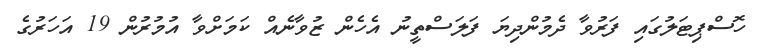
ހޮސްޕިޓަލުގައި ފަރުވާ ދެމުންދިޔަ ފަލަސްތީނު އެހެން ޒުވާނެއް ކަމަށްވާ އުމުރުން 19 އަހަރުގެ